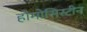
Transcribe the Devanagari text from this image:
होमोसिस्टीन